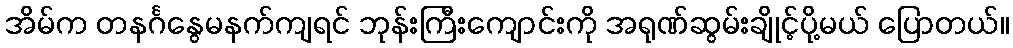
အိမ်က တနင်္ဂနွေမနက်ကျရင် ဘုန်းကြီးကျောင်းကို အရုဏ်ဆွမ်းချိုင့်ပို့မယ် ပြောတယ်။